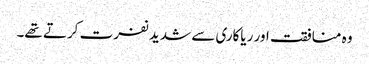
وہ منافقت اور ریاکاری سے شدید نفرت کرتے تھے۔